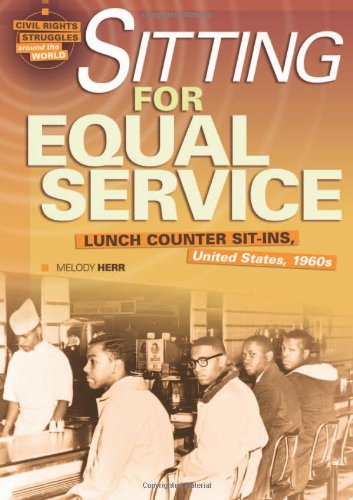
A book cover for Sitting for Equal Service: Lunch Counter Sit-Ins, United States, 1960s (Civil Rights Struggles Around the World); Melody Herr; Teen & Young Adult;